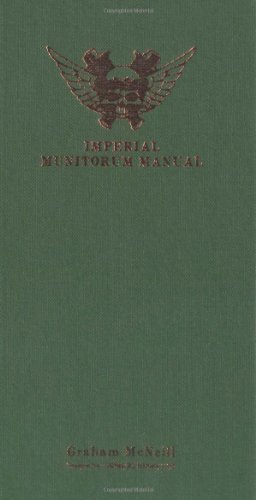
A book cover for Imperial Munitorum Manual; Graham McNeill; Science Fiction & Fantasy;